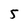
Character: 5